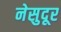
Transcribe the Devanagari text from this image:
नेसुदूर